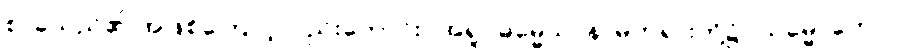
စ၊ ခဲသည်၏ အဖြစ်ကြောင့်လည်းကောင်း။ အရူပဓမ္မေသု၊ နာမ်တရားတို့၌။ သမ္မောဟော၊